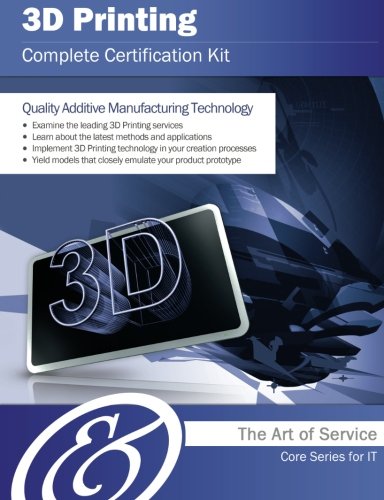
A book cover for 3D Printing Complete Certification Kit - Core Series for IT; Ivanka Menken; Computers & Technology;